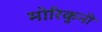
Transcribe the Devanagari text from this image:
मोरिकुनी